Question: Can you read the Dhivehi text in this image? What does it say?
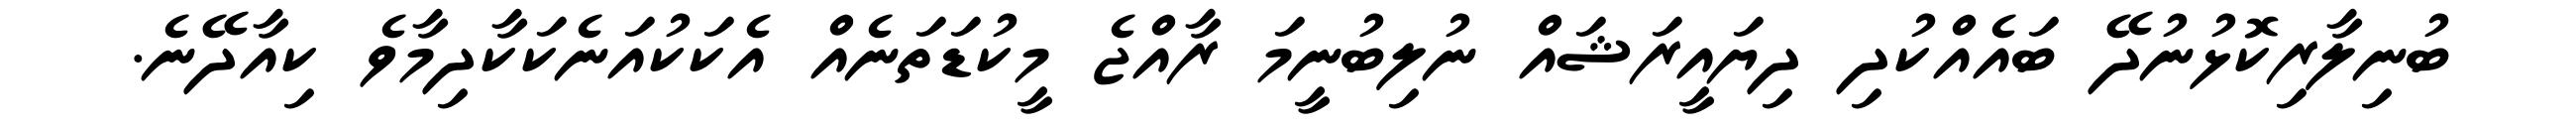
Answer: ބުނިލާރިކޮޅުނުދޭ ބައެއްކުދި ދިޔައީރަޝައް ނުލިބުނީމަ ރާއްޖެ މީކުޑަތަނެއް އެކަކުއަނެކަކާދިމާވެ ކިއާދޭނެ.